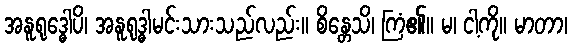
အနူရုဒ္ဓေါပိ၊ အနူရုဒ္ဓါမင်းသားသည်လည်း။ စိန္တေသိ၊ ကြံ၏။ မ၊ ငါ့ကို။ မာတာ၊